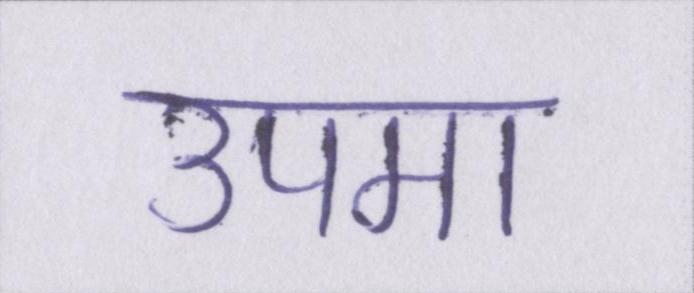
उपमा